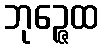
ဘုဉ္ဇေထ